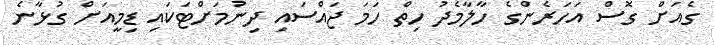
ގެއަށް ގޮސް އަހަރެންގެ ހާލާމެދު ހިތް ހަމަ ޖައްސައި ދިނުމަށްޓަކައި ޑިމީއަށް ގުޅާނެ